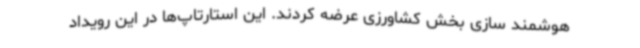
هوشمند سازی بخش کشاورزی عرضه کردند. این استارتاپ‌ها در این رویداد